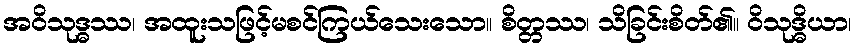
အဝိသုဒ္ဓဿ၊ အထူးသဖြင့်မစင်ကြယ်သေးသော။ စိတ္တဿ၊ သိခြင်းစိတ်၏။ ဝိသုဒ္ဓိယာ၊